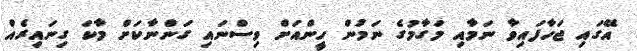
އޭގައި ޖަހާފައިވާ ނަމާއި މަގާމުގެ ނަމުން ހީންއަށް ވިސްނައި ގަންނާކަށް މާކަ ގިނައިރެއް